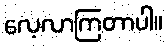
လေ့လာကြတာပါ။